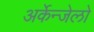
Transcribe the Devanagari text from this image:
अर्केन्जेलो